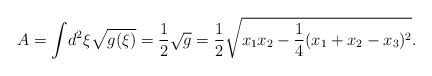
\begin{align*} A = \int\! d^2\xi \sqrt{g(\xi)} = \frac{1}{2}\sqrt{g} = \frac{1}{2}\sqrt{x_1x_2-\frac{1}{4}(x_1+x_2-x_3)^2}.\end{align*}